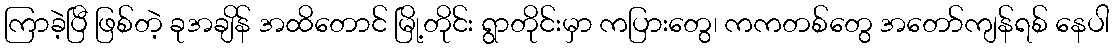
ကြာခဲ့ပြီ ဖြစ်တဲ့ ခုအချိန် အထိတောင် မြို့တိုင်း ရွာတိုင်းမှာ ကပြားတွေ၊ ကကတစ်တွေ အတော်ကျန်ရစ် နေပါ